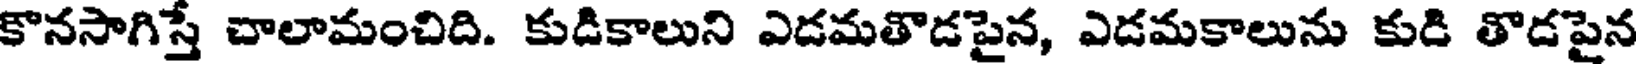
కొనసాగిస్తే చాలామంచిది. కుడికాలుని ఎడమతొడపైన, ఎడమకాలును కుడి తొడపైన